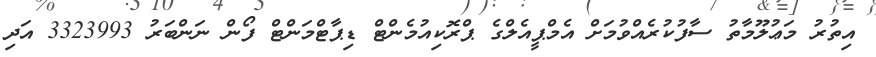
އިތުރު މަޢުލޫމާތު ސާފުކުރެއްވުމަށް އެމްޕީއެލްގެ ޕްރޮކިއުމެންޓް ޑިޕާޓްމަންޓް ފޯން ނަންބަރު 3323993 އަދި